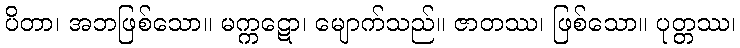
ပိတာ၊ အဘဖြစ်သော။ မက္ကဋော၊ မျောက်သည်။ ဇာတဿ၊ ဖြစ်သော။ ပုတ္တဿ၊